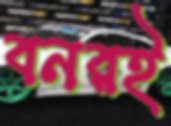
বনরই